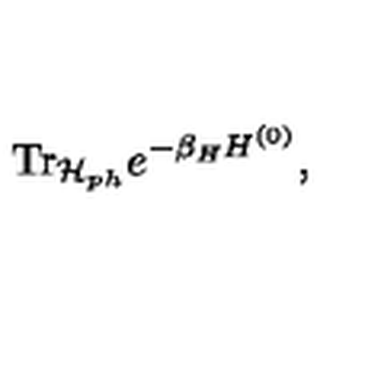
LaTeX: \mathrm { T r } _ { { \cal H } _ { p h } } e ^ { - \beta _ { H } H ^ { ( 0 ) } } ,